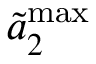
\Tilde { a } _ { 2 } ^ { \mathrm { m a x } }